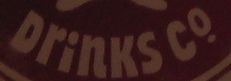
Drinks co.